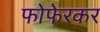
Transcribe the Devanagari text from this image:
फोफेरकर